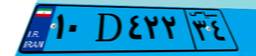
۱۰D۴۲۲۳۴